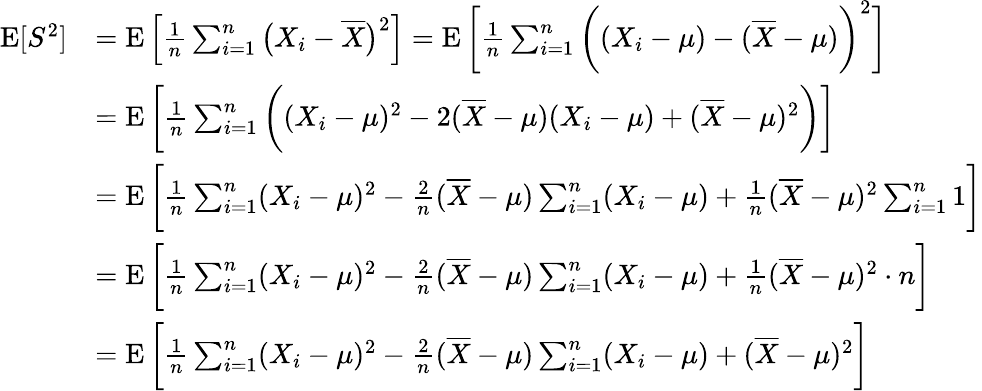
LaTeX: {\begin{array}{rl}{\operatorname{E}[S^{2}]}&{=\operatorname{E}\left[{\frac{1}{n}}\sum_{i=1}^{n}{\big(}X_{i}-{\overline{{X}}}{\big)}^{2}\right]=\operatorname{E}{\bigg[}{\frac{1}{n}}\sum_{i=1}^{n}{\bigg(}(X_{i}-\mu)-({\overline{{X}}}-\mu){\bigg)}^{2}{\bigg]}}\\ &{=\operatorname{E}{\bigg[}{\frac{1}{n}}\sum_{i=1}^{n}{\bigg(}(X_{i}-\mu)^{2}-2({\overline{{X}}}-\mu)(X_{i}-\mu)+({\overline{{X}}}-\mu)^{2}{\bigg)}{\bigg]}}\\ &{=\operatorname{E}{\bigg[}{\frac{1}{n}}\sum_{i=1}^{n}(X_{i}-\mu)^{2}-{\frac{2}{n}}({\overline{{X}}}-\mu)\sum_{i=1}^{n}(X_{i}-\mu)+{\frac{1}{n}}({\overline{{X}}}-\mu)^{2}\sum_{i=1}^{n}1{\bigg]}}\\ &{=\operatorname{E}{\bigg[}{\frac{1}{n}}\sum_{i=1}^{n}(X_{i}-\mu)^{2}-{\frac{2}{n}}({\overline{{X}}}-\mu)\sum_{i=1}^{n}(X_{i}-\mu)+{\frac{1}{n}}({\overline{{X}}}-\mu)^{2}\cdot n{\bigg]}}\\ &{=\operatorname{E}{\bigg[}{\frac{1}{n}}\sum_{i=1}^{n}(X_{i}-\mu)^{2}-{\frac{2}{n}}({\overline{{X}}}-\mu)\sum_{i=1}^{n}(X_{i}-\mu)+({\overline{{X}}}-\mu)^{2}{\bigg]}}\end{array}}